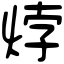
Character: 㶿